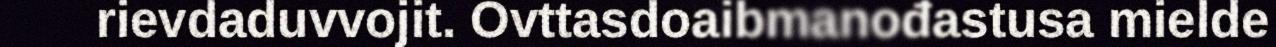
rievdaduvvojit. Ovttasdoaibmanođastusa mielde